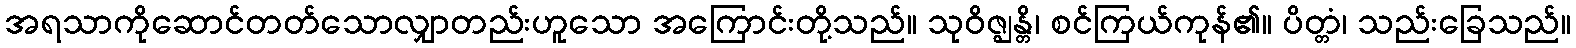
အရသာကိုဆောင်တတ်သောလျှာတည်းဟူသော အကြောင်းတို့သည်။ သုဝိဇ္ဈန္တိ၊ စင်ကြယ်ကုန်၏။ ပိတ္တံ၊ သည်းခြေသည်။